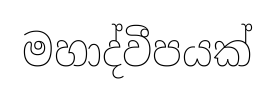
මහාද්වීපයක්